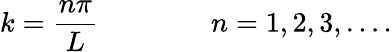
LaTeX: k={\frac{n\pi}{L}}\qquad\qquad n=1,2,3,\ldots.